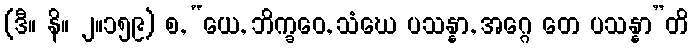
(ဒီ။ နိ။ ၂။၁၅၉) စ, “ယေ, ဘိက္ခဝေ, သံဃေ ပသန္နာ, အဂ္ဂေ တေ ပသန္နာ”တိ